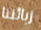
زبائننا